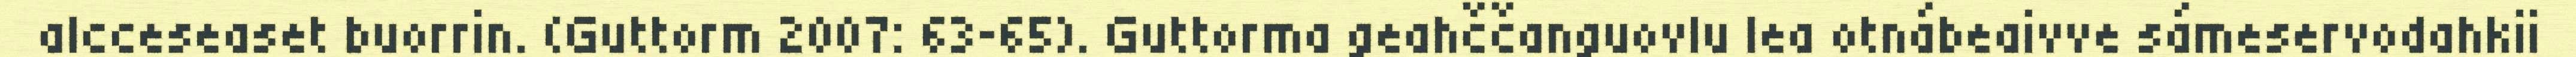
alcceseaset buorrin. (Guttorm 2007: 63−65). Guttorma geahččanguovlu lea otnábeaivve sámeservodahkii